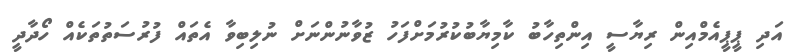
އަދި ޕީޕީއެމްއިން ރިޔާސީ އިންތިހާބު ކާމިޔާބުކުރުމަށްފަހު ޒުވާނުންނަށް ނުލިބިވާ އެތައް ފުރުސަތުތަކެއް ހޯދާދީ